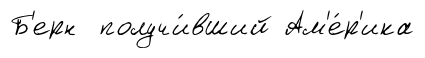
Б'ерн получи́вший Ам'е́р'ика